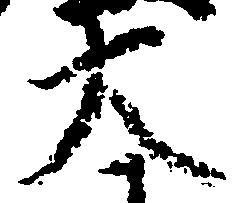
大